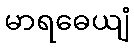
မာရဓေယျံ